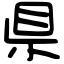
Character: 県